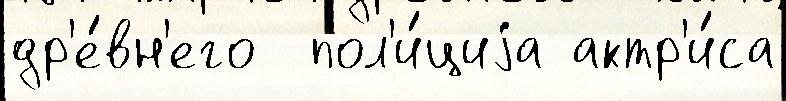
др'е́вн'его  пол'и́циjа актр'и́са